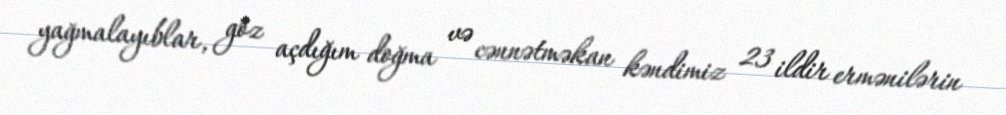
yağmalayıblar, göz açdığım doğma və cənnətməkan kəndimiz 23 ildir ermənilərin